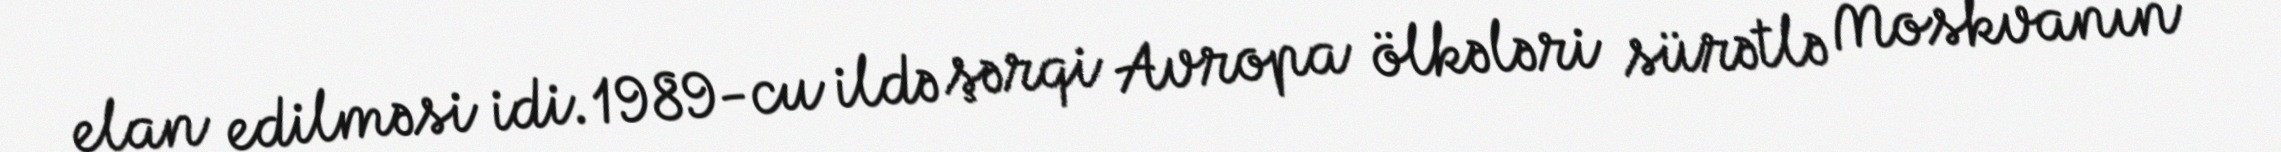
elan edilməsi idi. 1989-cu ildə şərqi Avropa ölkələri sürətlə Moskvanın